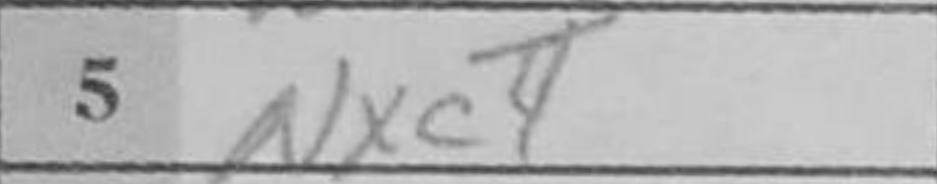
Transcription: Nxc4